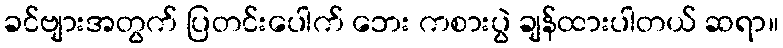
ခင်ဗျားအတွက် ပြတင်းပေါက် ဘေး ကစားပွဲ ချန်ထားပါတယ် ဆရာ။